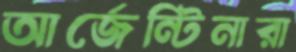
আর্জেন্টিনারা